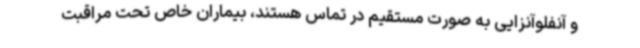
و آنفلوآنزایی به صورت مستقیم در تماس هستند، بیماران خاص تحت مراقبت